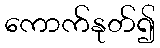
ကောက်နုတ်၍